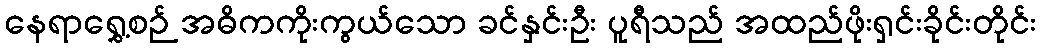
နေရာရွှေ့စဉ် အဓိကကိုးကွယ်သော ခင်နှင်းဦး ပူရီသည် အထည်ဖိုးရှင်းခိုင်းတိုင်း